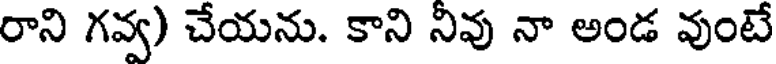
రాని గవ్వ) చేయను. కాని నివు నా అండ వుంటే